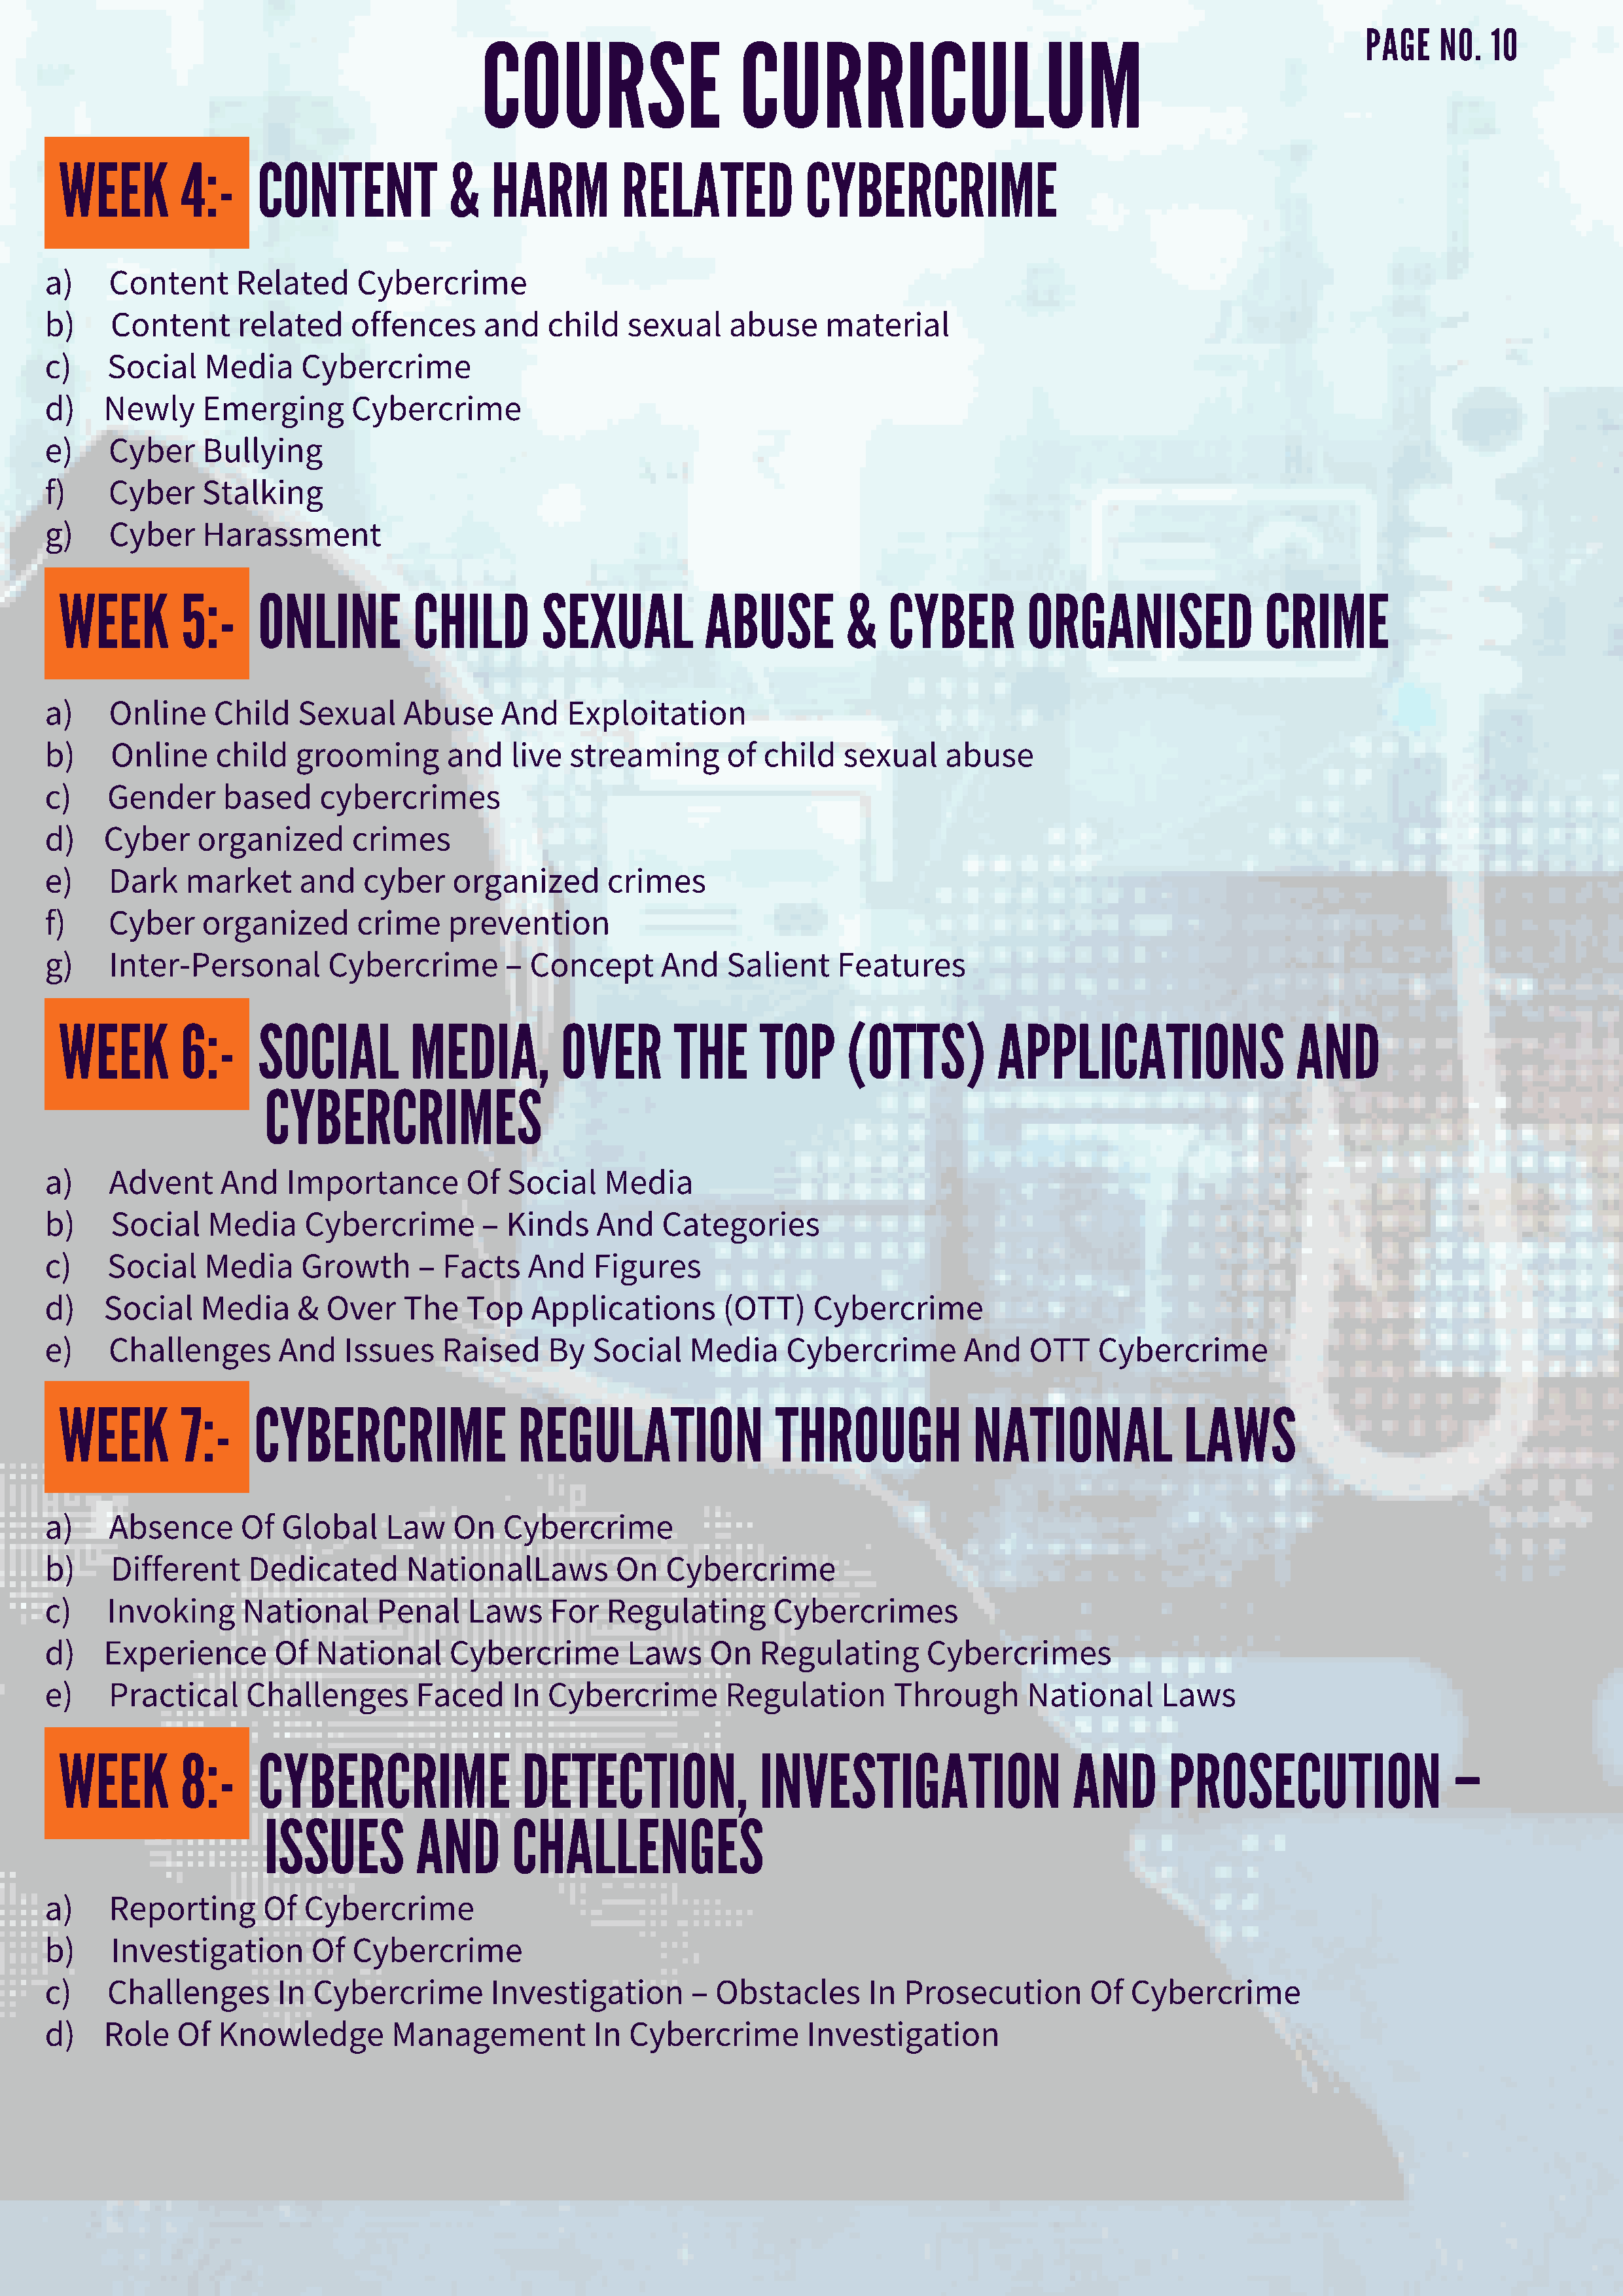
COURSE                    CURRICULUM
 PAGE    NO.  10
 WEEK        4:-     CONTENT            &    HARM         RELATED           CYBERCRIME
 a)    Content      Related     Cybercrime
 b)    Content      related    offences      and   child   sexual     abuse    material
 c)    Social    Media    Cybercrime
 d)   Newly     Emerging        Cybercrime
 e)    Cyber    Bullying
 f)    Cyber    Stalking
 g)    Cyber    Harassment
 WEEK        5:-     ONLINE          CHILD        SEXUAL          ABUSE          &   CYBER         ORGANISED               CRIME
 a)    Online     Child   Sexual     Abuse     And   Exploitation
 b)    Online     child   grooming       and    live  streaming      of  child   sexual     abuse
 c)    Gender      based    cybercrimes
 d)   Cyber     organized       crimes
 e)    Dark    market     and    cyber    organized      crimes
 f)    Cyber    organized       crime    prevention
 g)    Inter-Personal        Cybercrime        –  Concept      And   Salient     Features
 WEEK        6:-     SOCIAL          MEDIA,         OVER       THE      TOP      (OTTS)         APPLICATIONS                  AND
 CYBERCRIMES
 a)    Advent     And    Importance        Of  Social    Media
 b)    Social    Media     Cybercrime        – Kinds    And    Categories
 c)    Social    Media    Growth      –  Facts   And    Figures
 d)   Social    Media     &  Over    The   Top    Applications       (OTT)    Cybercrime
 e)    Challenges       And    Issues    Raised    By   Social    Media     Cybercrime       And    OTT    Cybercrime
 WEEK        7:-     CYBERCRIME                REGULATION                THROUGH             NATIONAL              LAWS
 a)    Absence      Of  Global     Law    On   Cybercrime
 b)    Different     Dedicated       NationalLaws         On   Cybercrime
 c)    Invoking      National     Penal    Laws     For  Regulating       Cybercrimes
 d)   Experience        Of  National     Cybercrime        Laws     On   Regulating       Cybercrimes
 e)    Practical     Challenges       Faced     In Cybercrime        Regulation       Through       National     Laws
 WEEK        8:-     CYBERCRIME                 DETECTION,              INVESTIGATION                   AND      PROSECUTION                  –
 ISSUES         AND       CHALLENGES
 a)    Reporting       Of  Cybercrime
 b)    Investigation       Of   Cybercrime
 c)    Challenges       In  Cybercrime        Investigation       – Obstacles       In Prosecution        Of  Cybercrime
 d)   Role    Of  Knowledge         Management          In  Cybercrime        Investigation